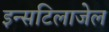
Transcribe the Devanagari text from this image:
इन्सटिलाजेल